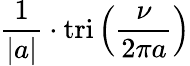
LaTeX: {\frac{1}{|a|}}\cdot\operatorname{tri}\left({\frac{\nu}{2\pi a}}\right)